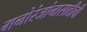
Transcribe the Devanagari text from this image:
मनोरंजांनासाठीची